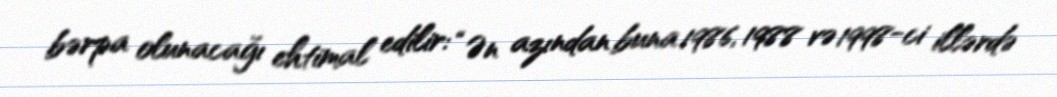
bərpa olunacağı ehtimal edilir: “Ən azından buna 1986, 1988 və 1998-ci illərdə